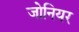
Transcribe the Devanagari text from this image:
जोनियर